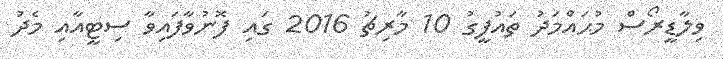
ވިލާޑީރޯސް މުޙައްމަދު ތައުފީގު 10 މާރިޗު 2016 ގައި ފޮނުވާފައިވާ ސިޓީއާއި މެދު